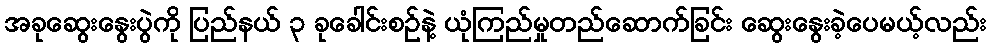
အခုဆွေးနွေးပွဲကို ပြည်နယ် ၃ ခုခေါင်းစဉ်နဲ့ ယုံကြည်မှုတည်ဆောက်ခြင်း ဆွေးနွေးခဲ့ပေမယ့်လည်း